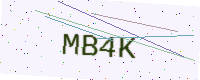
Text: MB4K